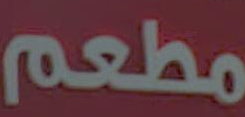
مطعم